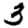
Digit: 3